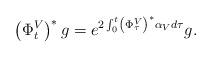
LaTeX: \begin{align*}\left(\Phi^V_t\right)^*g = e^{2\int_0^t \left(\Phi^V_\tau\right)^*\alpha_V d\tau}g.\end{align*}